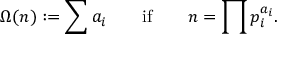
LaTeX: \Omega ( n ) : = \sum a _ { i } \qquad { \mathrm { i f } } \qquad n = \prod p _ { i } ^ { a _ { i } } .